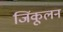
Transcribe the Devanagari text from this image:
जिंकूलन